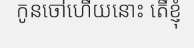
កូនចៅហើយនោះ តើខ្ញុំ